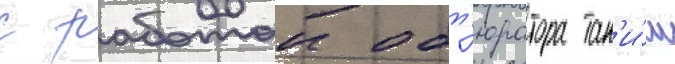
с работои обт'юратора так'и́м